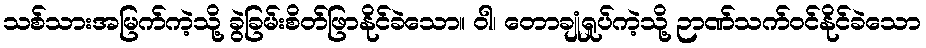
သစ်သားအမြက်ကဲ့သို့ ခွဲခြမ်းစိတ်ဖြာနိုင်ခဲသော။ ဝါ၊ တောချုံရှုပ်ကဲ့သို့ ဉာဏ်သက်ဝင်နိုင်ခဲသော